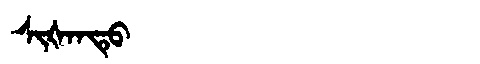
Manchu: ᠰᡳᡧᠠᠨᡨᡠ
Romanization: SIŠANTU